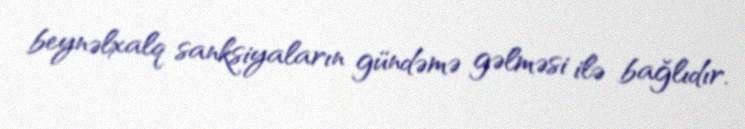
beynəlxalq sanksiyaların gündəmə gəlməsi ilə bağlıdır.